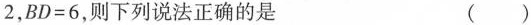
2$$，$$BD = 6$$，则下列说法正确的是 ( )